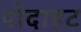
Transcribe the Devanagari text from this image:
पोदाहट